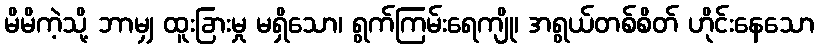
မိမိကဲ့သို့ ဘာမျှ ထူးခြားမှု မရှိသော၊ ရွက်ကြမ်းရေကျို၊ အရွယ်တစ်စိတ် ဟိုင်းနေသော